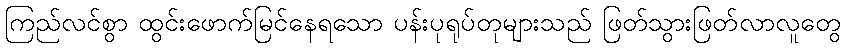
ကြည်လင်စွာ ထွင်းဖောက်မြင်နေရသော ပန်းပုရုပ်တုများသည် ဖြတ်သွားဖြတ်လာလူတွေ